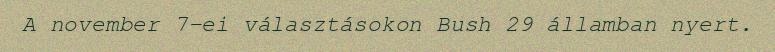
A november 7-ei választásokon Bush 29 államban nyert.